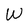
Character: W